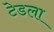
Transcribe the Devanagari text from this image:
टेडला